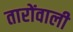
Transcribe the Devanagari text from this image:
तारोंवाली